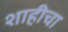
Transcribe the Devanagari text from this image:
शाहीचा